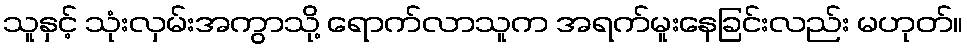
သူနှင့် သုံးလှမ်းအကွာသို့ ရောက်လာသူက အရက်မူးနေခြင်းလည်း မဟုတ်။